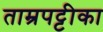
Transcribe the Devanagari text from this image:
ताम्रपट्टीका